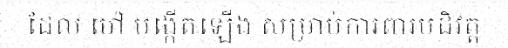
ដែល ម៉ៅ បង្កើតឡើង សម្រាប់ការពារបដិវត្ត